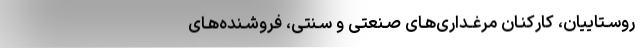
روسـتاییان، کارکنـان مرغـداری‌هـای صـنعتی و سـنتی، فروشـنده‌هـای